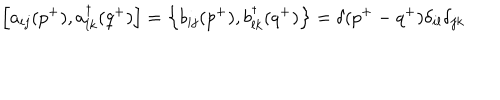
\left[ a _ { i j } ( p ^ { + } ) , a _ { l k } ^ { \dagger } ( q ^ { + } ) \right] = \left\{ b _ { i j } ( p ^ { + } ) , b _ { l k } ^ { \dagger } ( q ^ { + } ) \right\} = \delta ( p ^ { + } - q ^ { + } ) \delta _ { i l } \delta _ { j k }